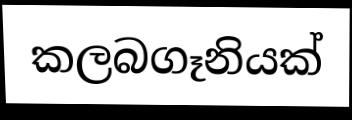
කලබගෑනියක්